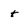
Character: t